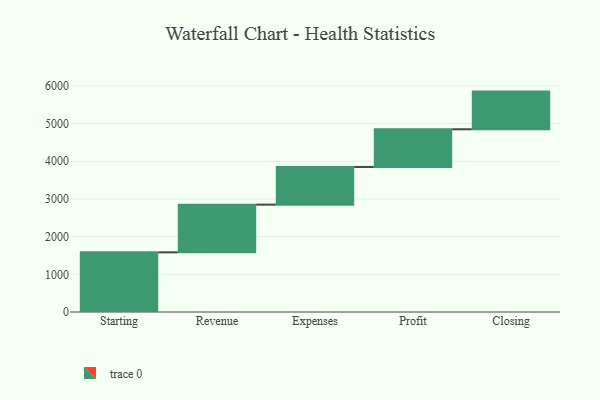
{"axis": {"x": "Step", "y": "Value"}, "legend": [""], "data": [{"x": "Starting", "y": 1583.0, "type": ""}, {"x": "Revenue", "y": 1266.0, "type": ""}, {"x": "Expenses", "y": 1000, "type": ""}, {"x": "Profit", "y": 1000, "type": ""}, {"x": "Closing", "y": 1000, "type": ""}]}